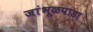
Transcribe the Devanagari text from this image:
जांभूळपाडा